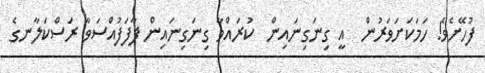
ފުހޭށެވެ! ހަމަކަށަވަރުން  އީ ގިނަގިނައިން  ކުރައްވާ ގިނަގިނައިން ފާފަފުއްސަވާ ރަސްކަލާނގެ